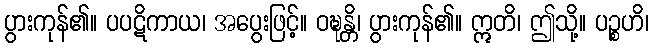
ပွားကုန်၏။ ပပဋိကာယ၊ အပွေးဖြင့်။ ဝဍ္ဎန္တိ၊ ပွားကုန်၏။ ဣတိ၊ ဤသို့။ ပဉ္စဟိ၊